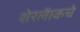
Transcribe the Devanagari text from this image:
शेरलॅाकचे